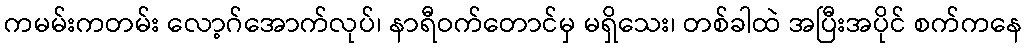
ကမမ်းကတမ်း လော့ဂ်အောက်လုပ်၊ နာရီဝက်တောင်မှ မရှိသေး၊ တစ်ခါထဲ အပြီးအပိုင် စက်ကနေ